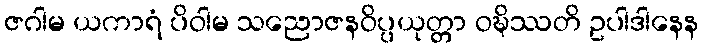
ဇဂါမ ယကာရံ ပိဝါမ သညောဇနဝိပ္ပယုတ္တာ ဝဍ္ဎိဿတိ ဥပါဒါနေန